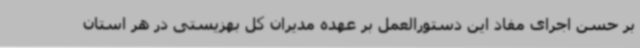
بر حسن اجرای مفاد این دستورالعمل بر عهده مدیران کل بهزیستی در هر استان